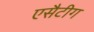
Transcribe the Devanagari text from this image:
एसैटीग